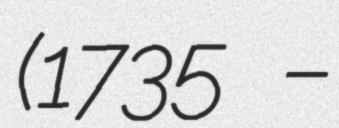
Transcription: (1735 –